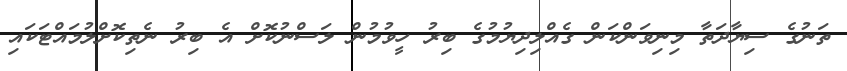
ތަނުގެ ސިޔާދަތާ މިނިވަންކަން ގެއްލިދިޔުމުގެ ބިރު ހީވުމުން ލަސްނުކޮށް އެ ބިރު ނެތިކޮށްލުމައްޓަކައި